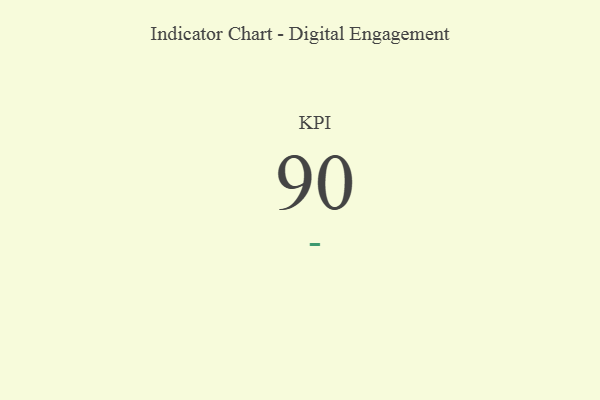
{"axis": {"x": "KPI", "y": "Value"}, "legend": [""], "data": [{"x": "KPI", "y": 90, "type": ""}]}